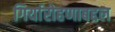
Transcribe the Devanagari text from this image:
गिर्यारोहणाबद्दल